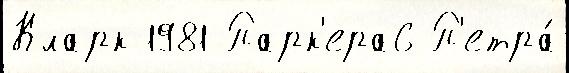
Кларк 1981 Парк'ера6 П'етра́